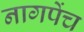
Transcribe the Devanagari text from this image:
नागपेंच